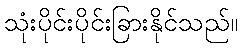
သုံးပိုင်းပိုင်းခြားနိုင်သည်။